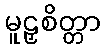
မူဠှစိတ္တာ